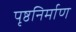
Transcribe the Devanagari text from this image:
पृष्ठनिर्माण